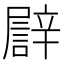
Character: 𨐫